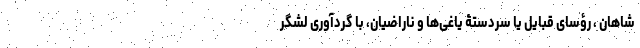
شاهان ، رؤسای قبایل یا سردستۀ یاغی‌ها و ناراضیان، با گردآوری لشگر